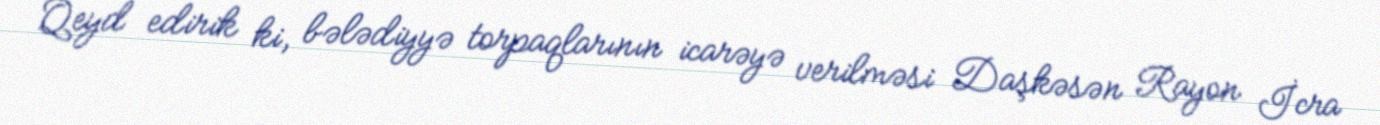
Qeyd edirik ki, bələdiyyə torpaqlarının icarəyə verilməsi Daşkəsən Rayon İcra